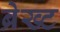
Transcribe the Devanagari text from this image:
ब्रेख्ट